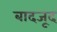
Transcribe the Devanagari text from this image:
बादजूद